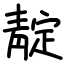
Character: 靛